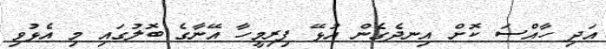
އަދި ހާއްސަ ކޮށް އިނދެގެން އުޅޭ ފިރިމީހާ އޭނާގެ ބޮލުގައި މި އެޅުވި